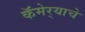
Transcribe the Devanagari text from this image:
कॅमेर्‍याचे